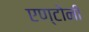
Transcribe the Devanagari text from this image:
एण्टोनी